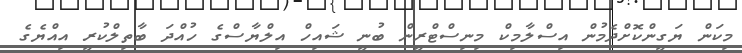
މިކަން ޔަގީންކޮށްދެމުން އިސްލާމިކް މިނިސްޓްރީން ބުނީ ޝައިހް އިލްޔާސްގެ ހުއްދަ ބާތިލްކުރީ އިއްޔެގެ